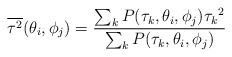
\begin{align*}\overline{\tau^{2}}(\theta_i,\phi_j) = \frac{\sum_k P(\tau_k,\theta_i,\phi_j){\tau_k}^2}{\sum_k P(\tau_k,\theta_i,\phi_j)}\end{align*}